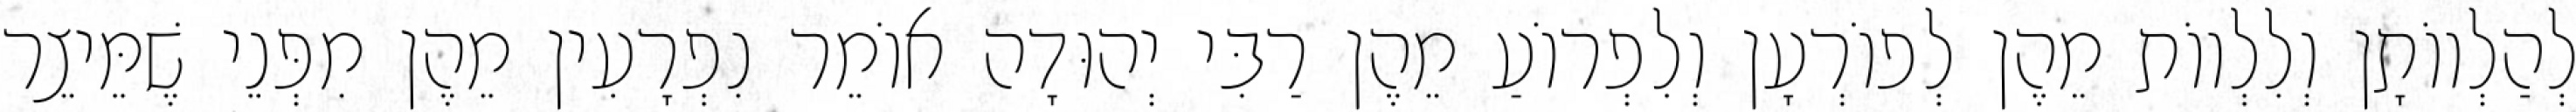
לְהַלְווֹתָן וְלִלְווֹת מֵהֶן לְפוֹרְעָן וְלִפְרוֹעַ מֵהֶן רַבִּי יְהוּדָה אוֹמֵר נִפְרָעִין מֵהֶן מִפְּנֵי שֶׁמֵּיצֵר